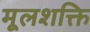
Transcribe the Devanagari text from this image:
मूलशक्ति